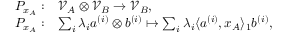
\begin{array} { r } { \begin{array} { r l } { P _ { x _ { A } } : } & { \mathcal { V } _ { A } \otimes \mathcal { V } _ { B } \to \mathcal { V } _ { B } , } \\ { P _ { x _ { A } } : } & { \sum _ { i } \lambda _ { i } a ^ { ( i ) } \otimes b ^ { ( i ) } \mapsto \sum _ { i } \lambda _ { i } \langle a ^ { ( i ) } , x _ { A } \rangle _ { 1 } b ^ { ( i ) } , } \end{array} } \end{array}